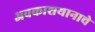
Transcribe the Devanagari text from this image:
अवकाशयानाचे